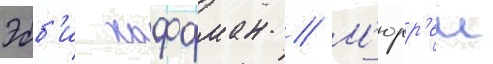
Эбб'и хоффман // М'юрр'еи